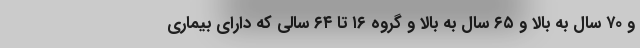
و ۷۰ سال به بالا و ۶۵ سال به بالا و گروه ۱۶ تا ۶۴ سالی که دارای بیماری